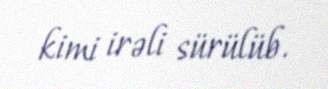
kimi irəli sürülüb.